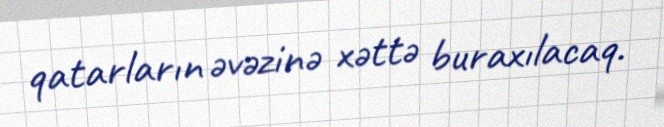
qatarların əvəzinə xəttə buraxılacaq.